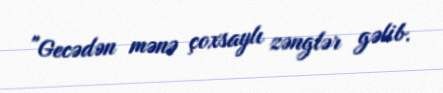
"Gecədən mənə çoxsaylı zənglər gəlib.